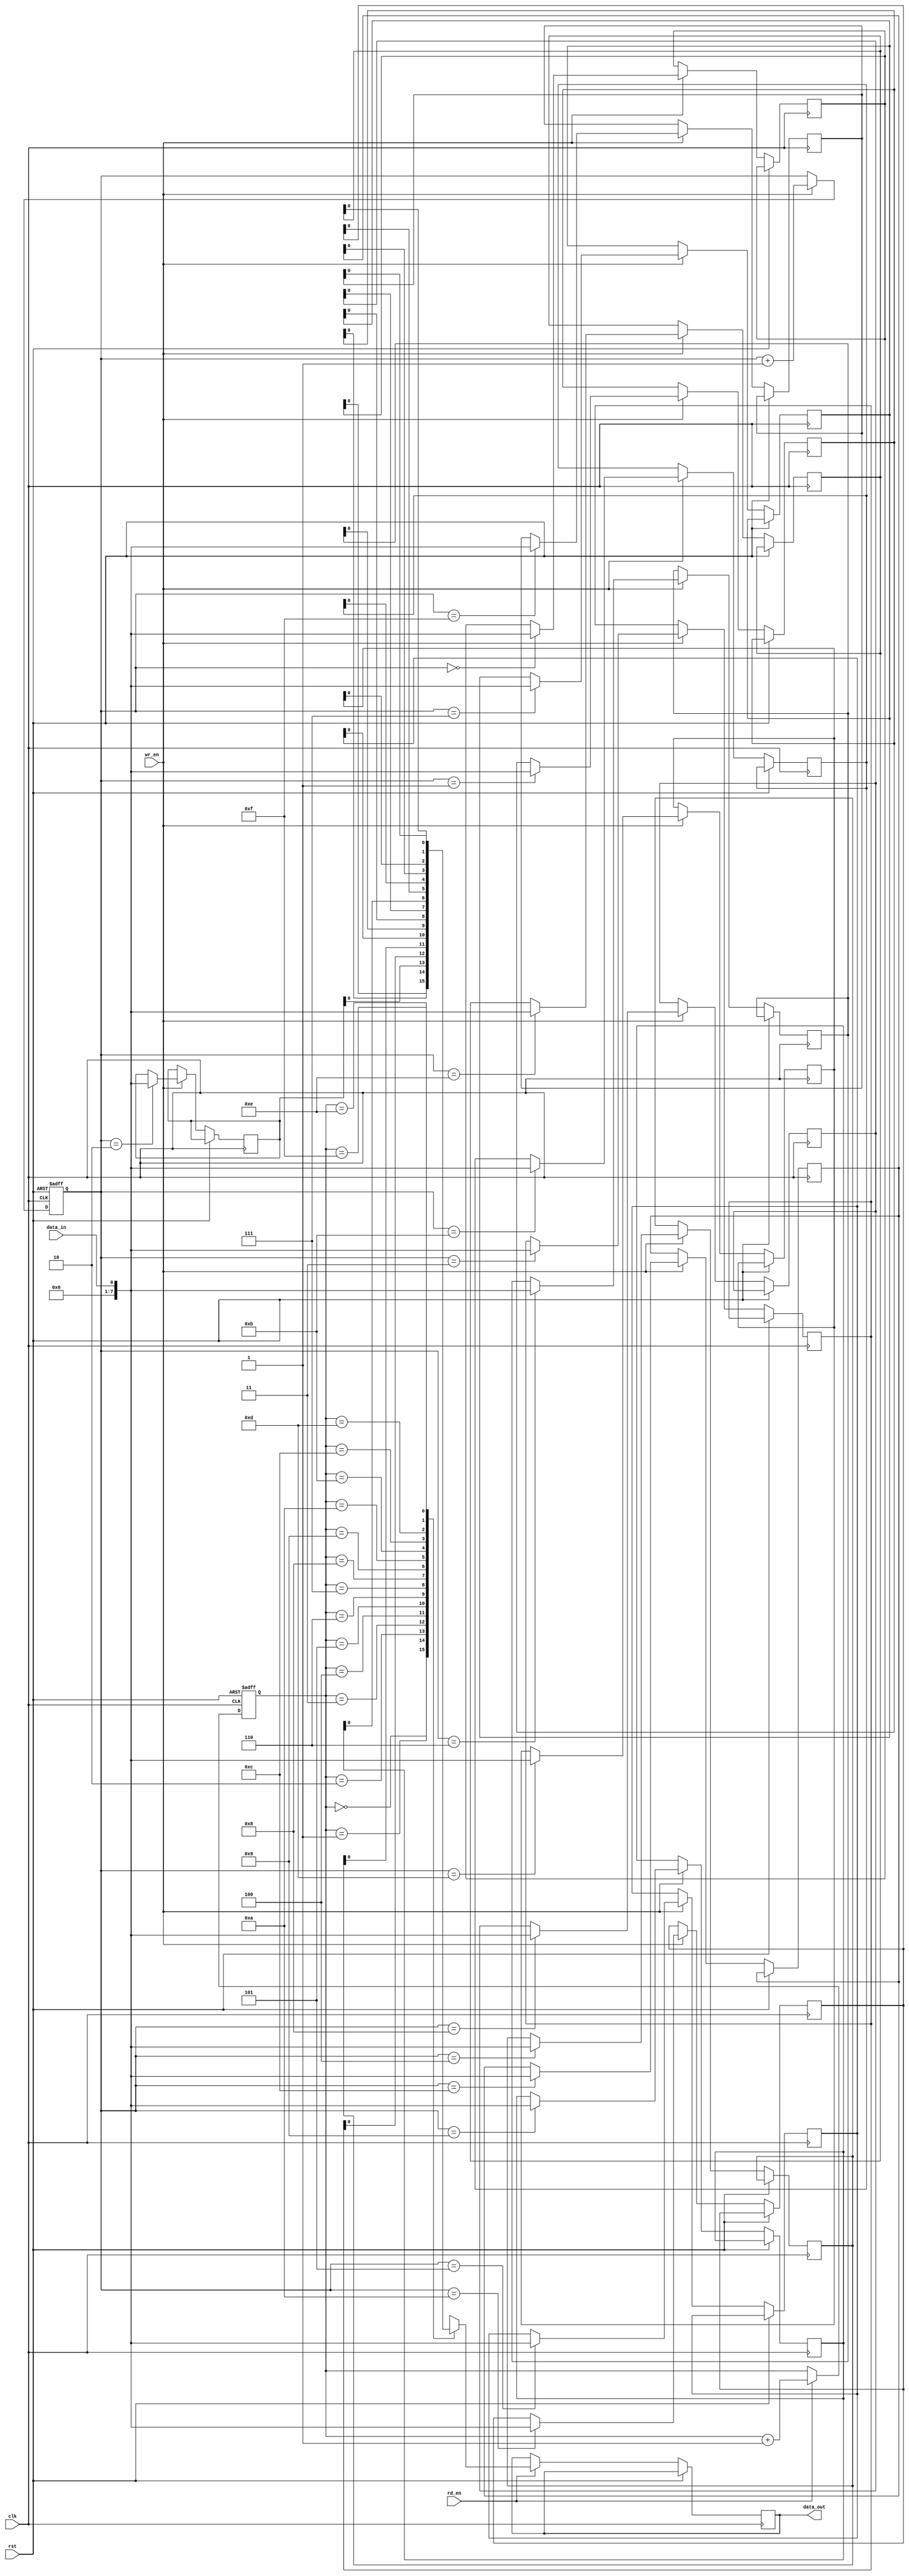
module fifo_buffer (
    input wire clk,
    input wire rst,
    input wire data_in,
    output reg data_out,
    input wire wr_en,
    input wire rd_en
);

parameter BUFFER_DEPTH = 16;
reg [7:0] buffer [BUFFER_DEPTH-1:0];
reg [3:0] wr_ptr, rd_ptr;

always @(posedge clk or posedge rst) begin
    if (rst) begin
        wr_ptr <= 0;
        rd_ptr <= 0;
    end else begin
        if (wr_en) begin
            buffer[wr_ptr] <= data_in;
            wr_ptr <= wr_ptr + 1;
        end
        if (rd_en) begin
            data_out <= buffer[rd_ptr];
            rd_ptr <= rd_ptr + 1;
        end
    end
end

endmodule